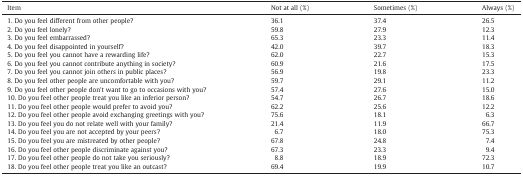
<table><thead><tr><td><b>Item</b></td><td><b>Not at all (%)</b></td><td><b>Sometimes (%)</b></td><td><b>Always (%)</b></td></tr></thead><tbody><tr><td>1. Do you feel different from other people?</td><td>36.1</td><td>37.4</td><td>26.5</td></tr><tr><td>2. Do you feel lonely?</td><td>59.8</td><td>27.9</td><td>12.3</td></tr><tr><td>3. Do you feel embarrassed?</td><td>65.3</td><td>23.3</td><td>11.4</td></tr><tr><td>4. Do you feel disappointed in yourself?</td><td>42.0</td><td>39.7</td><td>18.3</td></tr><tr><td>5. Do you feel you cannot have a rewarding life?</td><td>62.0</td><td>22.7</td><td>15.3</td></tr><tr><td>6. Do you feel you cannot contribute anything in society?</td><td>60.9</td><td>21.6</td><td>17.5</td></tr><tr><td>7. Do you feel you cannot join others in public places?</td><td>56.9</td><td>19.8</td><td>23.3</td></tr><tr><td>8. Do you feel other people are uncomfortable with you?</td><td>59.7</td><td>29.1</td><td>11.2</td></tr><tr><td>9. Do you feel other people don&#x27;t want to go to occasions with you?</td><td>57.4</td><td>27.6</td><td>15.0</td></tr><tr><td>10. Do you feel other people treat you like an inferior person?</td><td>54.7</td><td>26.7</td><td>18.6</td></tr><tr><td>11. Do you feel other people would prefer to avoid you?</td><td>62.2</td><td>25.6</td><td>12.2</td></tr><tr><td>12. Do you feel other people avoid exchanging greetings with you?</td><td>75.6</td><td>18.1</td><td>6.3</td></tr><tr><td>13. Do you feel you do not relate well with your family?</td><td>21.4</td><td>11.9</td><td>66.7</td></tr><tr><td>14. Do you feel you are not accepted by your peers?</td><td>6.7</td><td>18.0</td><td>75.3</td></tr><tr><td>15. Do you feel you are mistreated by other people?</td><td>67.8</td><td>24.8</td><td>7.4</td></tr><tr><td>16. Do you feel other people discriminate against you?</td><td>67.3</td><td>23.3</td><td>9.4</td></tr><tr><td>17. Do you feel other people do not take you seriously?</td><td>8.8</td><td>18.9</td><td>72.3</td></tr><tr><td>18. Do you feel other people treat you like an outcast?</td><td>69.4</td><td>19.9</td><td>10.7</td></tr></tbody></table>